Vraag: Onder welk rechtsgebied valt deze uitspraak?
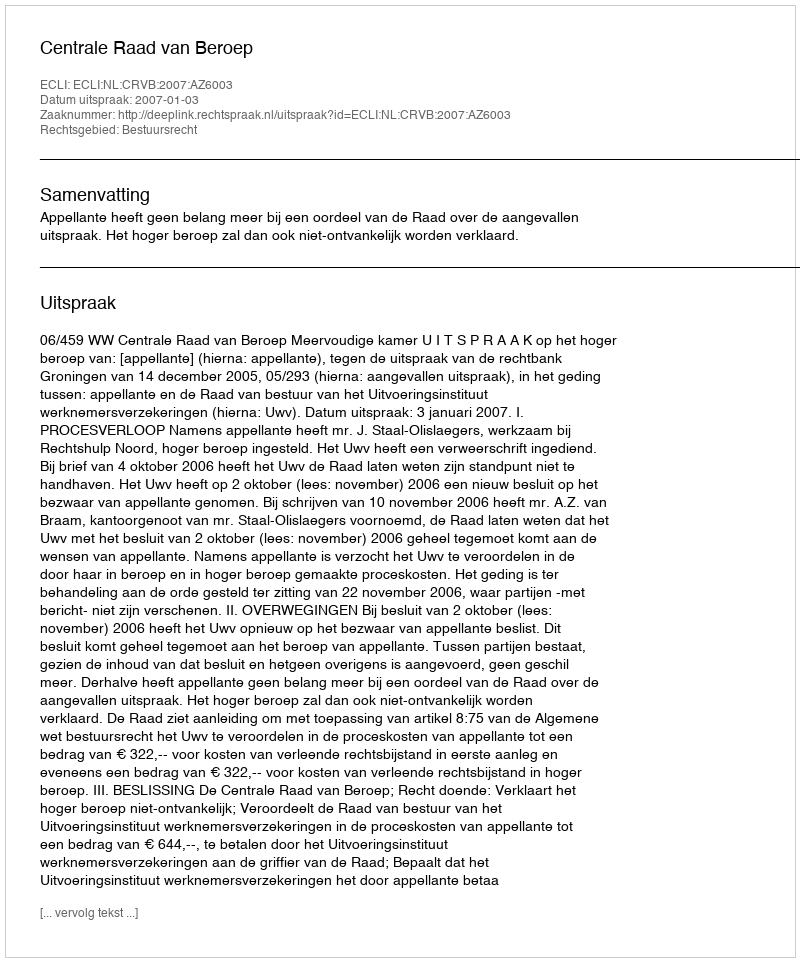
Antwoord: Bestuursrecht